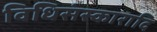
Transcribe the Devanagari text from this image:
विधिसंस्कारादि